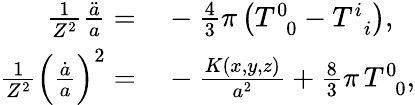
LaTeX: \begin{array}{rl}{\frac{1}{Z^{2}}\frac{\ddot{a}}{a}=}&{{}-\frac{4}{3}\pi\left(T_{\, \, \, 0}^{0}-T_{\, \, \, i}^{i}\right),}\\ {\frac{1}{Z^{2}}\left(\frac{\dot{a}}{a}\right)^{2}=}&{{}-\frac{K\left(x,y,z\right)}{a^{2}}+\frac{8}{3}\pi\, T_{\, \, \, 0}^{0},}\end{array}